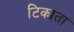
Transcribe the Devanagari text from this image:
टिकाता